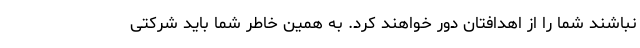
نباشند شما را از اهدافتان دور خواهند کرد. به همین خاطر شما باید شرکتی